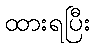
ထားရပြီး